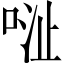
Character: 𱒺